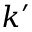
k ^ { \prime }